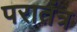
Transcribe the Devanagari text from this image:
परातंत्र